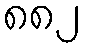
၈၈၂